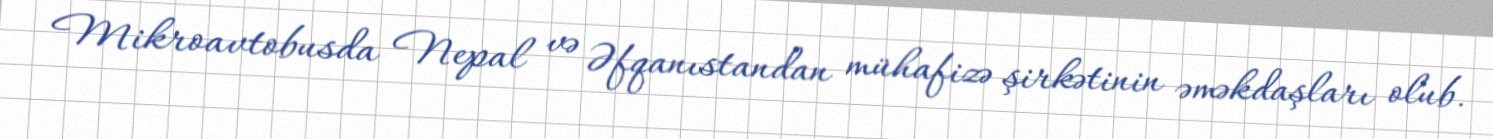
Mikroavtobusda Nepal və Əfqanıstandan mühafizə şirkətinin əməkdaşları olub.